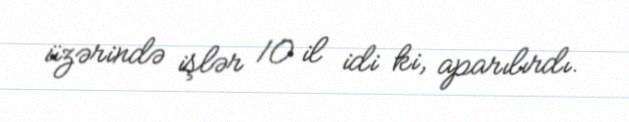
üzərində işlər 10 il idi ki, aparılırdı.